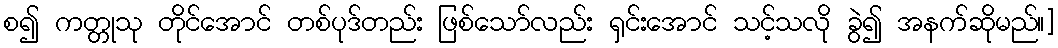
စ၍ ကတ္တုသု တိုင်အောင် တစ်ပုဒ်တည်း ဖြစ်သော်လည်း ရှင်းအောင် သင့်သလို ခွဲ၍ အနက်ဆိုမည်။]